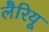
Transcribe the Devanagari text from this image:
लैरियू